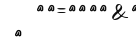
{